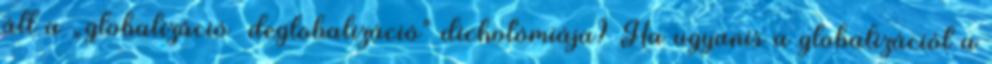
áll a „globalizáció deglobalizáció” dichotómiája? Ha ugyanis a globalizációt a